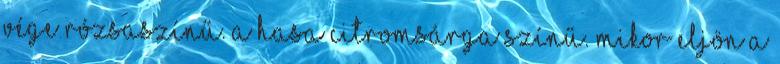
vége rózsaszínű. A hasa citromsárga színű. Mikor eljön a